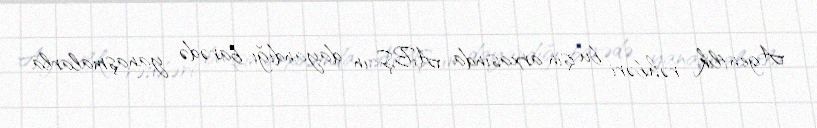
Agentlik rəhbəri bu işin arxasında ABŞ-ın dayandığı barədə yanaşmalarla